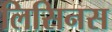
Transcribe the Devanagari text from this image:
लिसिनस